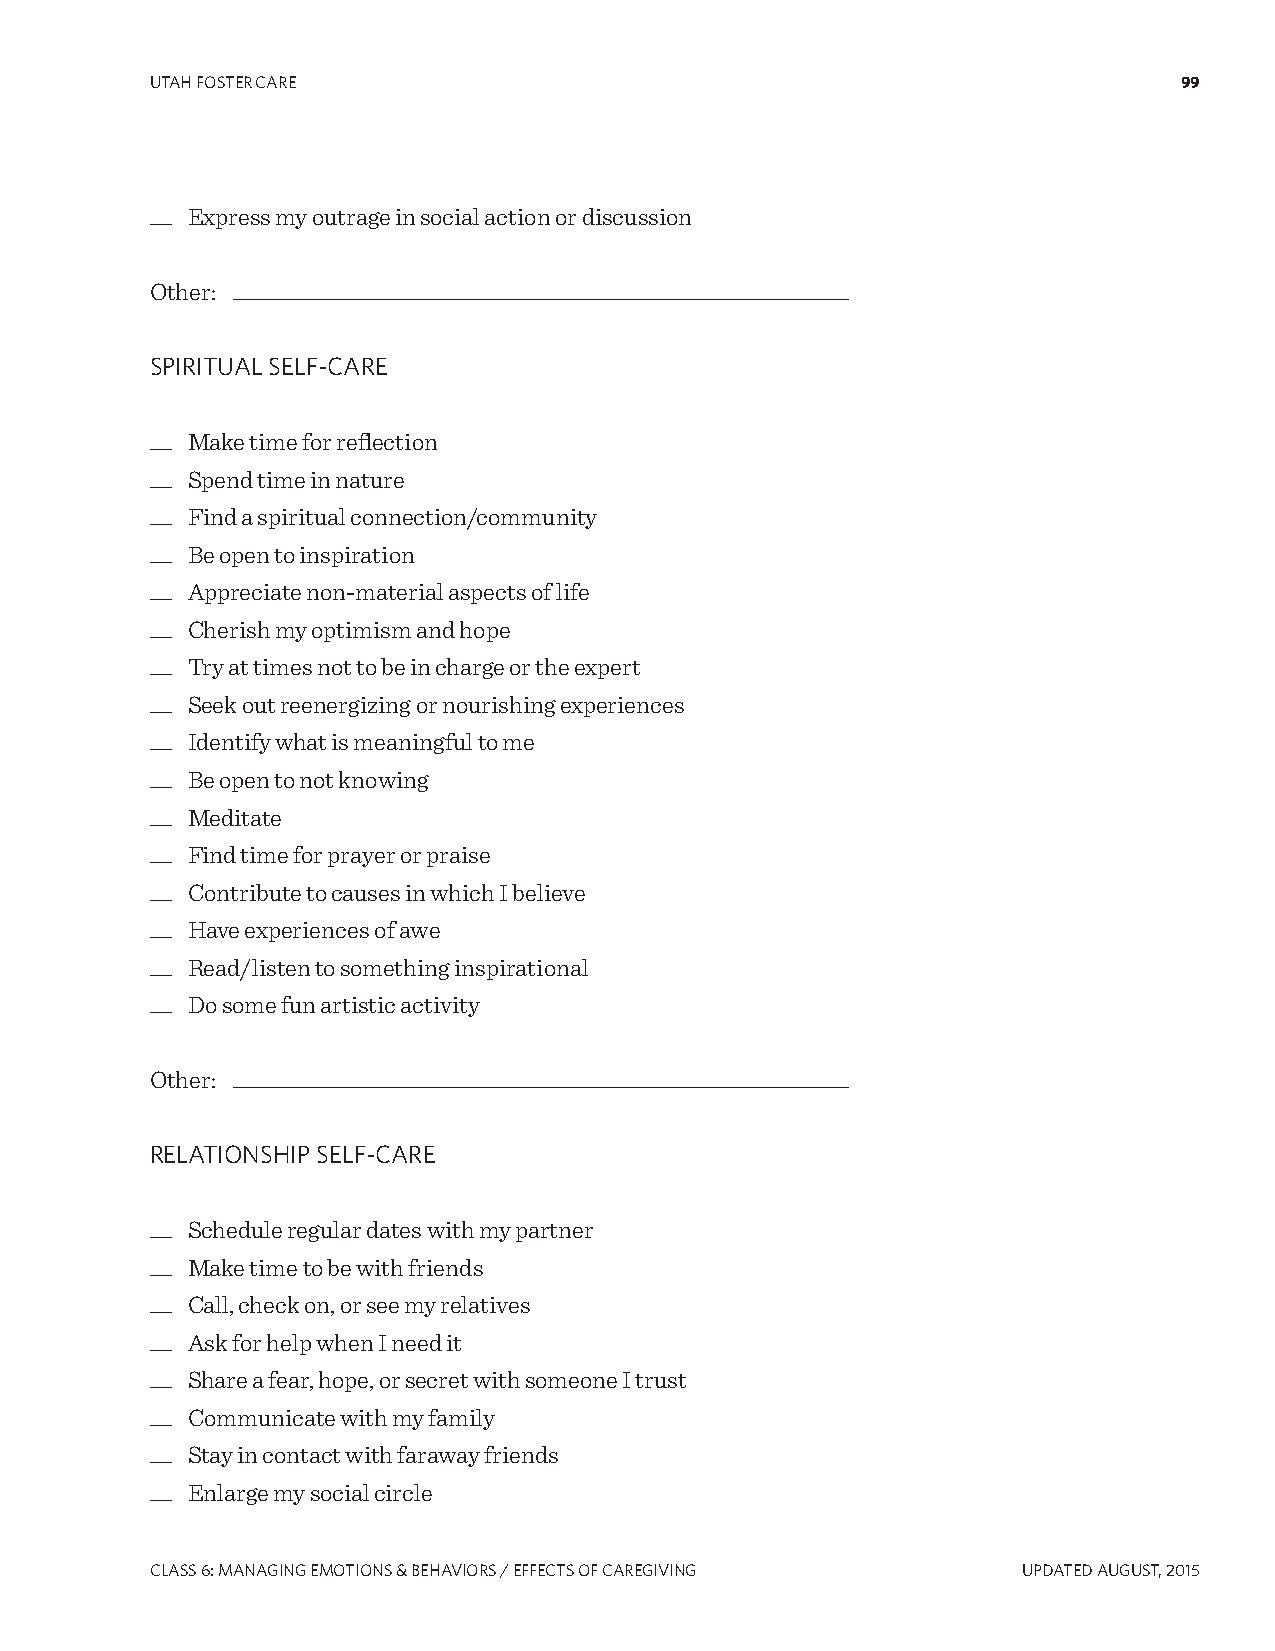
UTAH FOSTER CARE                                                    99
 __ Express my outrage in social action or discussion
 Other: ________________________________________________________
 SPIRITUAL SELF-CARE
 __ Make time for reflection
 __ Spend time in nature
 __ Find a spiritual connection/community
 __ Be open to inspiration
 __ Appreciate non-material aspects of life
 __ Cherish my optimism and hope
 __ Try at times not to be in charge or the expert
 __ Seek out reenergizing or nourishing experiences
 __ Identify what is meaningful to me
 __ Be open to not knowing
 __ Meditate
 __ Find time for prayer or praise
 __ Contribute to causes in which I believe
 __ Have experiences of awe
 __ Read/listen to something inspirational
 __ Do some fun artistic activity
 Other: ________________________________________________________
 RELATIONSHIP SELF-CARE
 __ Schedule regular dates with my partner
 __ Make time to be with friends
 __ Call, check on, or see my relatives
 __ Ask for help when I need it
 __ Share a fear, hope, or secret with someone I trust
 __ Communicate with my family
 __ Stay in contact with faraway friends
 __ Enlarge my social circle
 CLASS 6: MANAgINg EMOTIONS & BEHAVIORS / EFFECTS OF CAREgIVINg UPDATED AUgUST, 2015